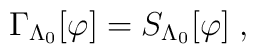
\Gamma_{\Lambda_{0}}[\varphi] = S_{\Lambda_{0}}[\varphi]\;,